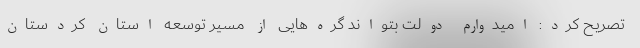
تصریح کرد: امیدوارم دولت بتواند گره‌هایی از مسیر توسعه استان کردستان